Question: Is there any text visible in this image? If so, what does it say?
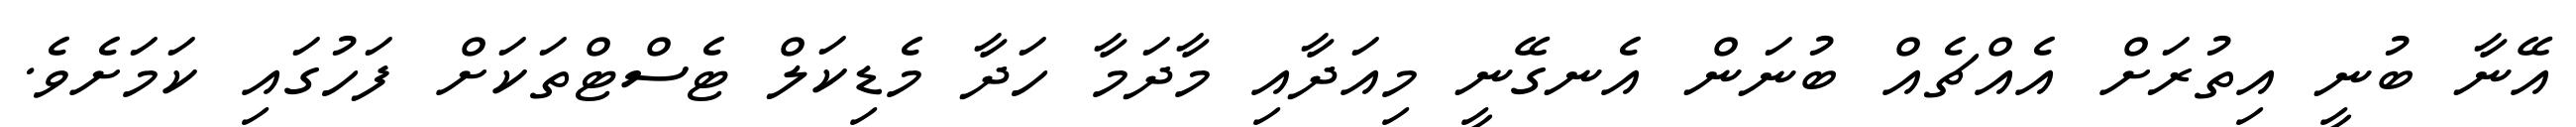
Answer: އޭނާ ބުނީ އިތުރަށް އެއްޗެއް ބުނަން އެނގޭނީ މިއަދާއި މާދަމާ ހަދާ މެޑިކަލް ޓެސްޓްތަކަށް ފަހުގައި ކަމަށެވެ.